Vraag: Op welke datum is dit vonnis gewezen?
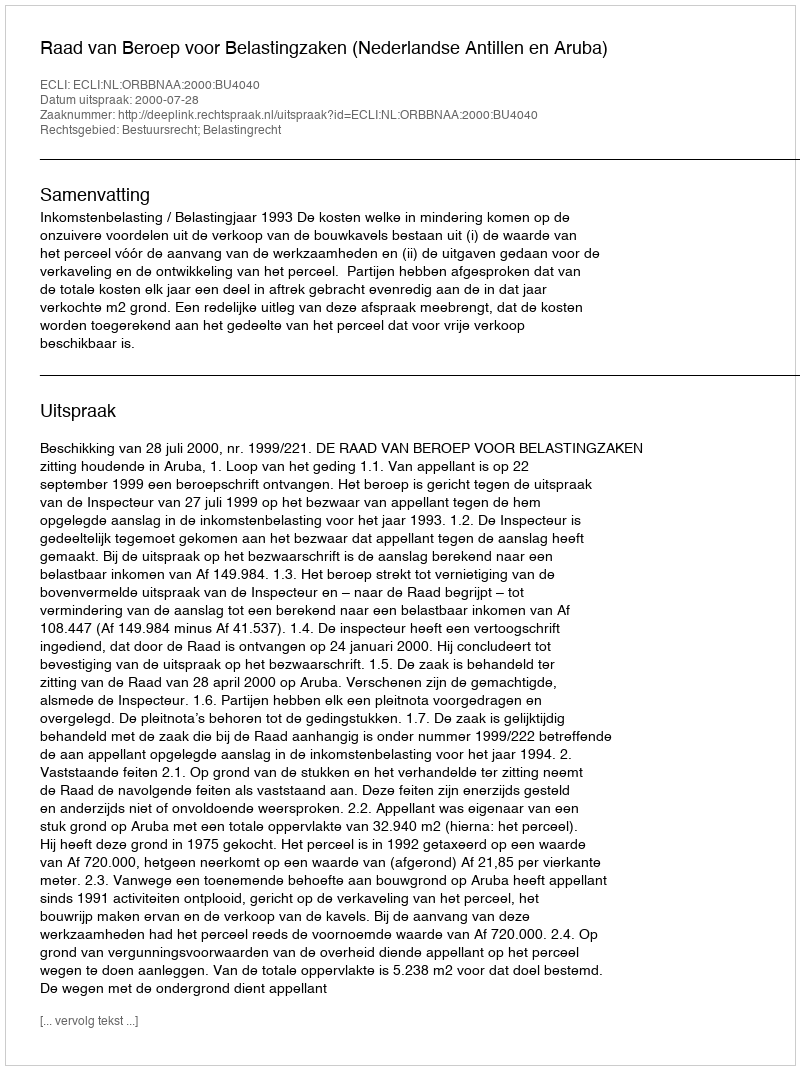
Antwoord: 2000-07-28